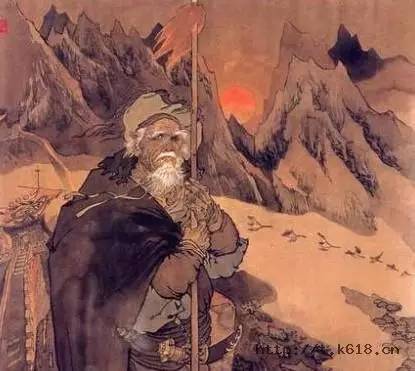
零落江南不自由。两绸缪。料得吟鸾夜夜愁。